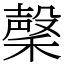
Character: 䅽